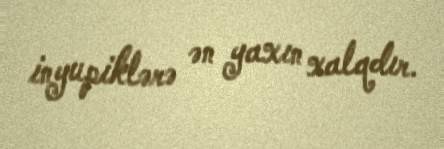
inyupiklərə ən yaxın xalqdır.